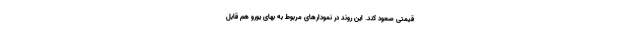
قیمتی صعود کند. این روند در نمودارهای مربوط به بهای یورو هم قابل